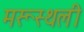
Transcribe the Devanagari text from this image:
मरूस्थली